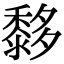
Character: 𪐀